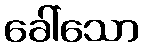
ခေါ်သော